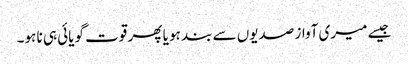
جیسے میری آواز صدیوں سے بند ہو یا پھر قوت گویائی ہی نا ہو۔